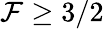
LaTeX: \mathcal{F}\geq3/2